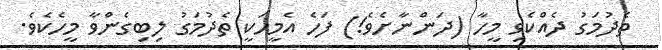
ތެދުމަގު ދެއްކެވި މީހާ (ދަންނާށެވެ!) ފަހެ އެމީހަކީ ތެދުމަގު ލިބިގެންވާ މީހެކެވެ.